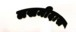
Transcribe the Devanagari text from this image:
लखमीदास